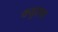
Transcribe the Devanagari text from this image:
क्युएवा